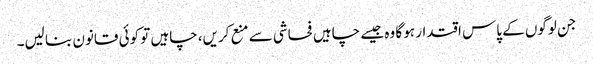
جن لوگوں کے پاس اقتدار ہو گا وہ جیسے چاہیں فحاشی سے منع کریں، چاہیں تو کوئی قانون بنا لیں۔